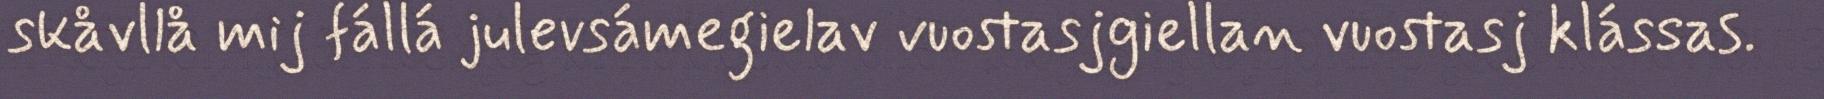
skåvllå mij fállá julevsámegielav vuostasjgiellan vuostasj klássas.